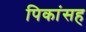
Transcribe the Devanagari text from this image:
पिकांसह